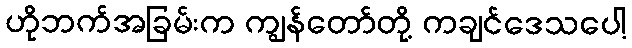
ဟိုဘက်အခြမ်းက ကျွန်တော်တို့ ကချင်ဒေသပေါ့